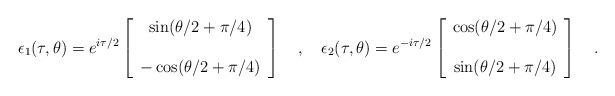
LaTeX: \begin{align*}\epsilon_1(\tau,\theta) =e^{i \tau/ 2}\left[ \begin{array} {c}\sin(\theta/2+\pi/4)\\ \\-\cos(\theta/2+\pi/4)\end{array}\right]~~~,~~~\epsilon_2(\tau,\theta) =e^{-i \tau/ 2}\left[ \begin{array} {c}\cos(\theta/2+\pi/4)\\ \\\sin(\theta/2+\pi/4)\end{array}\right]~~~.\end{align*}